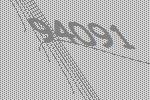
94091